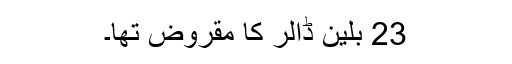
23 بلین ڈالر کا مقروض تھا۔